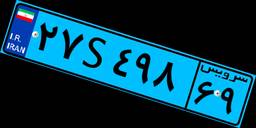
۶۸S۴۹۹۵۰